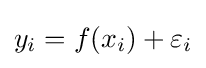
y_{i}=f(x_{i})+\varepsilon _{i}